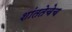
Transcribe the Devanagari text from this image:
शांततेचेच